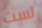
لست